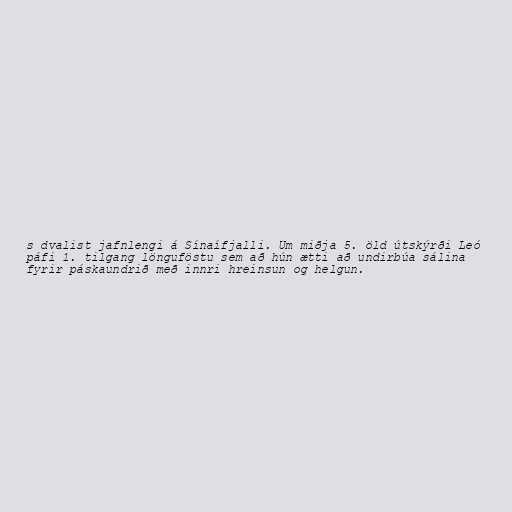
s dvalist jafnlengi á Sínaífjalli. Um miðja 5. öld útskýrði Leó
páfi 1. tilgang lönguföstu sem að hún ætti að undirbúa sálina
fyrir páskaundrið með innri hreinsun og helgun.